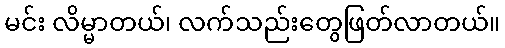
မင်း လိမ္မာတယ်၊ လက်သည်းတွေဖြတ်လာတယ်။